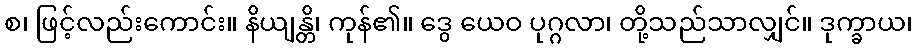
စ၊ ဖြင့်လည်းကောင်း။ နိယျန္တိ၊ ကုန်၏။ ဒွေ ယေဝ ပုဂ္ဂလာ၊ တို့သည်သာလျှင်။ ဒုက္ခာယ၊